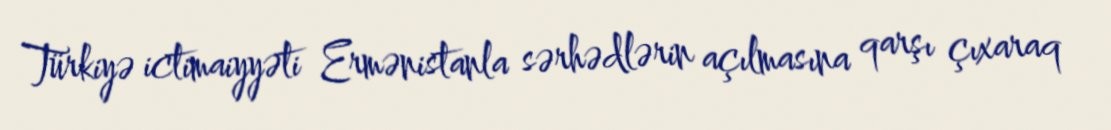
Türkiyə ictimaiyyəti Ermənistanla sərhədlərin açılmasına qarşı çıxaraq